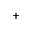
^ +